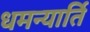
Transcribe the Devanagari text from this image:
धमन्यार्ति